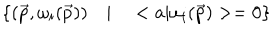
LaTeX: \left\{ ( \vec { p } , \omega _ { i } ( \vec { p } ) ) \quad | \quad < a | \omega _ { i } ( \vec { p } ) > = 0 \right\}